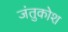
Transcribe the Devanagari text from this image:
जंतुकोश